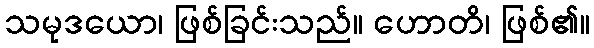
သမုဒယော၊ ဖြစ်ခြင်းသည်။ ဟောတိ၊ ဖြစ်၏။